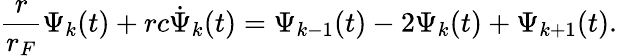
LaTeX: \frac{r}{r_{F}}\Psi_{k}(t)+rc\dot{\Psi}_{k}(t)=\Psi_{k-1}(t)-2\Psi_{k}(t)+\Psi_{k+1}(t).